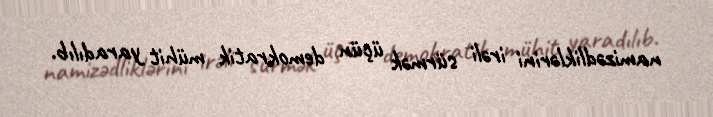
namizədliklərini irəli sürmək üçün demokratik mühit yaradılıb.